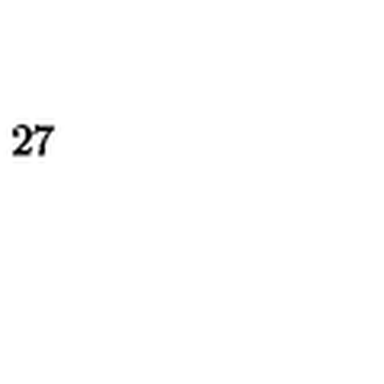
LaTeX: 2 7